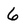
Character: 6